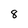
Character: 8